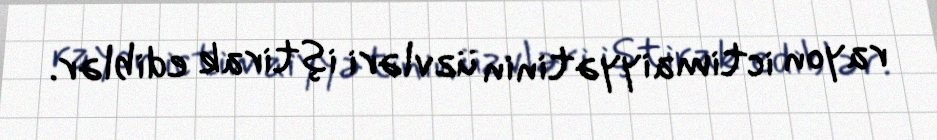
rayon ictimaiyyətinin üzvləri iştirak ediblər.